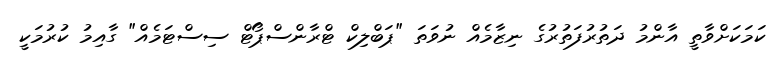
ކަމަކަށްވާތީ އާންމު ދަތުރުފަތުރުގެ ނިޒާމެއް ނުވަތަ "ޕަބްލިކް ޓްރާންސްޕޯޓް ސިސްޓަމެއް" ގާއިމު ކުރުމަކީ